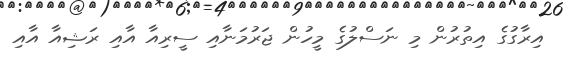
އިރާގުގެ އިތުރުން މި ނަސްލުގެ މީހުން ޖަރުމަނާއި ސީރިއާ އާއި ރަޝިއާ އާއި